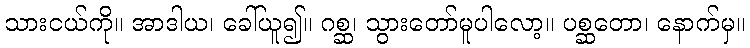
သားငယ်ကို။ အာဒါယ၊ ခေါ်ယူ၍။ ဂစ္ဆ၊ သွားတော်မူပါလော့။ ပစ္ဆတော၊ နောက်မှ။